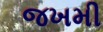
જખમી